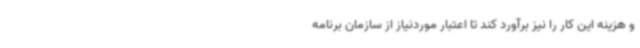
و هزینه این کار را نیز برآورد کند تا اعتبار موردنیاز از سازمان برنامه